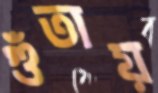
গুঁতায়